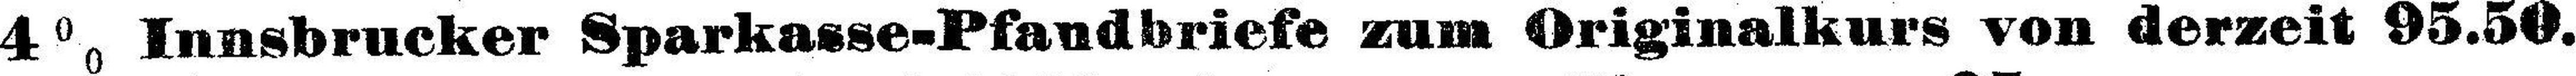
4 % Innsbrucker Sparkasse-Pfandbriefe zum Originalkurs von derzeit 95.50.